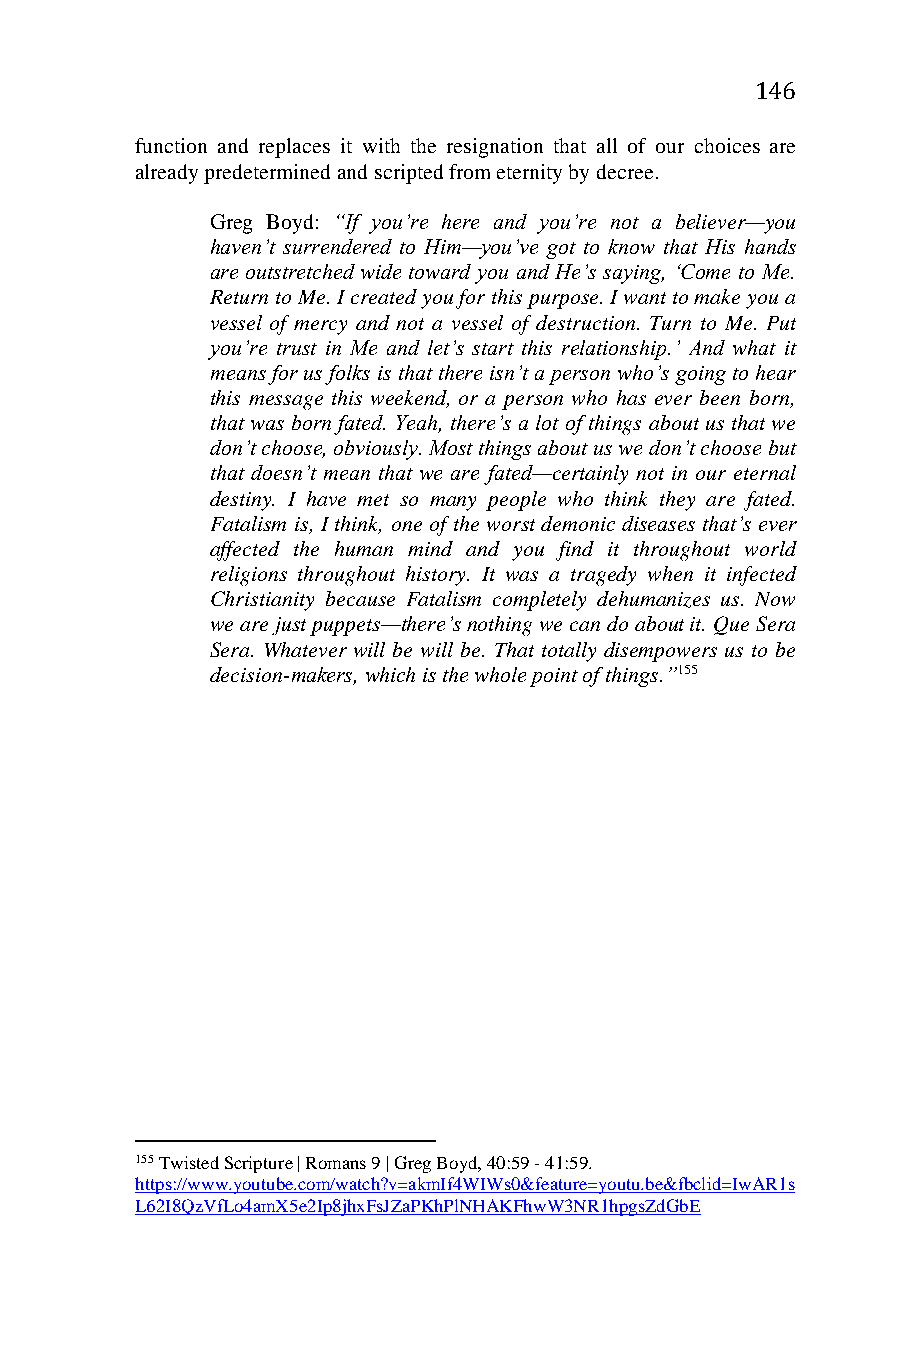
146
 function and replaces it with the resignation that all of our choices are
 already predetermined and scripted from eternity by decree.
 Greg Boyd: “If you’re here and you’re not a believer—you
 haven’t surrendered to Him—you’ve got to know that His hands
 are outstretched wide toward you and He’s saying, ‘Come to Me.
 Return to Me. I created you for this purpose. I want to make you a
 vessel of mercy and not a vessel of destruction. Turn to Me. Put
 you’re trust in Me and let’s start this relationship.’ And what it
 means for us folks is that there isn’t a person who’s going to hear
 this message this weekend, or a person who has ever been born,
 that was born fated. Yeah, there’s a lot of things about us that we
 don’t choose, obviously. Most things about us we don’t choose but
 that doesn’t mean that we are fated—certainly not in our eternal
 destiny. I have met so many people who think they are fated.
 Fatalism is, I think, one of the worst demonic diseases that’s ever
 affected the human mind and you find it throughout world
 religions throughout history. It was a tragedy when it infected
 Christianity because Fatalism completely dehumanizes us. Now
 we are just puppets—there’s nothing we can do about it. Que Sera
 Sera. Whatever will be will be. That totally disempowers us to be
 decision-makers, which is the whole point of things.”155
 155 Twisted Scripture | Romans 9 | Greg Boyd, 40:59 - 41:59.
 https://www.youtube.com/watch?v=akmIf4WIWs0&feature=youtu.be&fbclid=IwAR1s
 L62I8QzVfLo4amX5e2Ip8jhxFsJZaPKhPlNHAKFhwW3NR1hpgsZdGbE